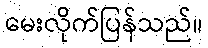
မေးလိုက်ပြန်သည်။